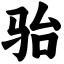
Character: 骀